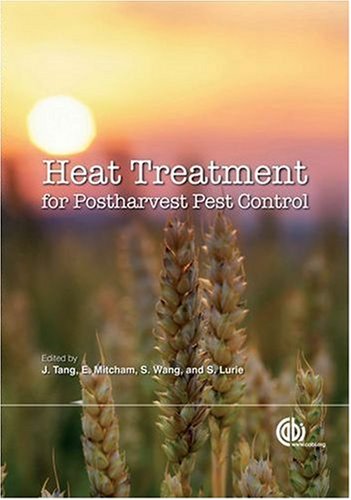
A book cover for Heat Treatments for Postharvest Pest Control: Theory and Practice (Cabi International); Juming Tang; Science & Math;